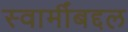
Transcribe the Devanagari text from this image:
स्वामीँबद्दल